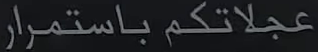
عجلاتكم باستمرار